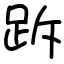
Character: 跅